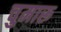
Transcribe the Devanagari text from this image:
चुमारू